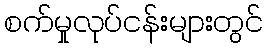
စက်မှုလုပ်ငန်းများတွင်